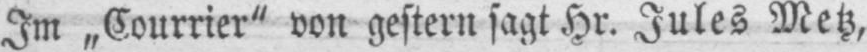
Im „Courrier‟ von gestern sagt Hr. Jules Metz,